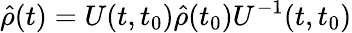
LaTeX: \hat{\rho}(t)=U(t,t_{0})\hat{\rho}(t_{0})U^{-1}(t,t_{0})